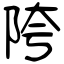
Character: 陓